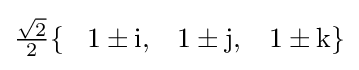
{\tfrac {\sqrt {2}}{2}}\{\;\;\;1\pm \mathrm {i} ,\;\;\;1\pm \mathrm {j} ,\;\;\;1\pm \mathrm {k} \}